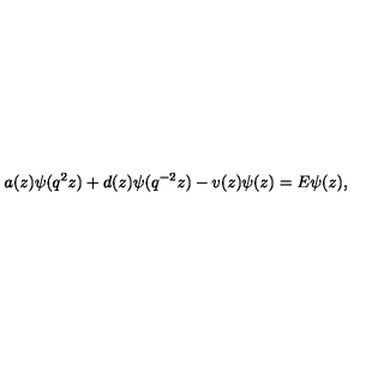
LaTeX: a ( z ) \psi ( q ^ { 2 } z ) + d ( z ) \psi ( q ^ { - 2 } z ) - v ( z ) \psi ( z ) = E \psi ( z ) ,